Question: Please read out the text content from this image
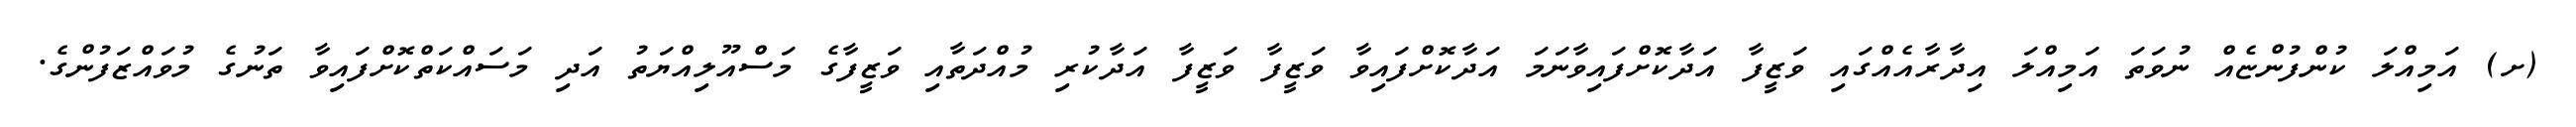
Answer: (ށ) އަމިއްލަ ކުންފުންޏެއް ނުވަތަ އަމިއްލަ އިދާރާއެއްގައި ވަޒީފާ އަދާކޮށްފައިވާނަމަ އަދާކޮށްފައިވާ ވަޒީފާ ވަޒީފާ އަދާކުރި މުއްދަތާއި ވަޒީފާގެ މަސްއޫލިއްޔަތު އަދި މަސައްކަތްކޮށްފައިވާ ތަނުގެ މުވައްޒަފުންގެ.